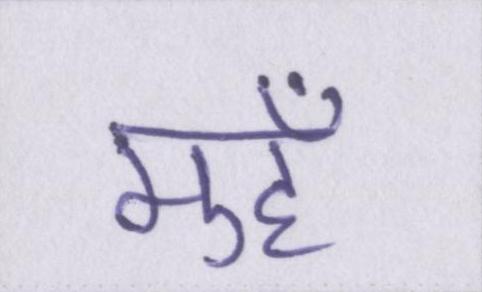
मुहँ